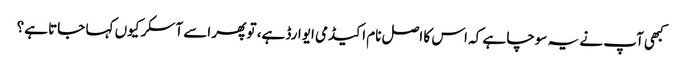
کبھی آپ نے یہ سوچا ہے کہ اس کا اصل نام اکیڈمی ایوارڈ ہے، تو پھر اسے آسکر کیوں کہا جاتا ہے؟